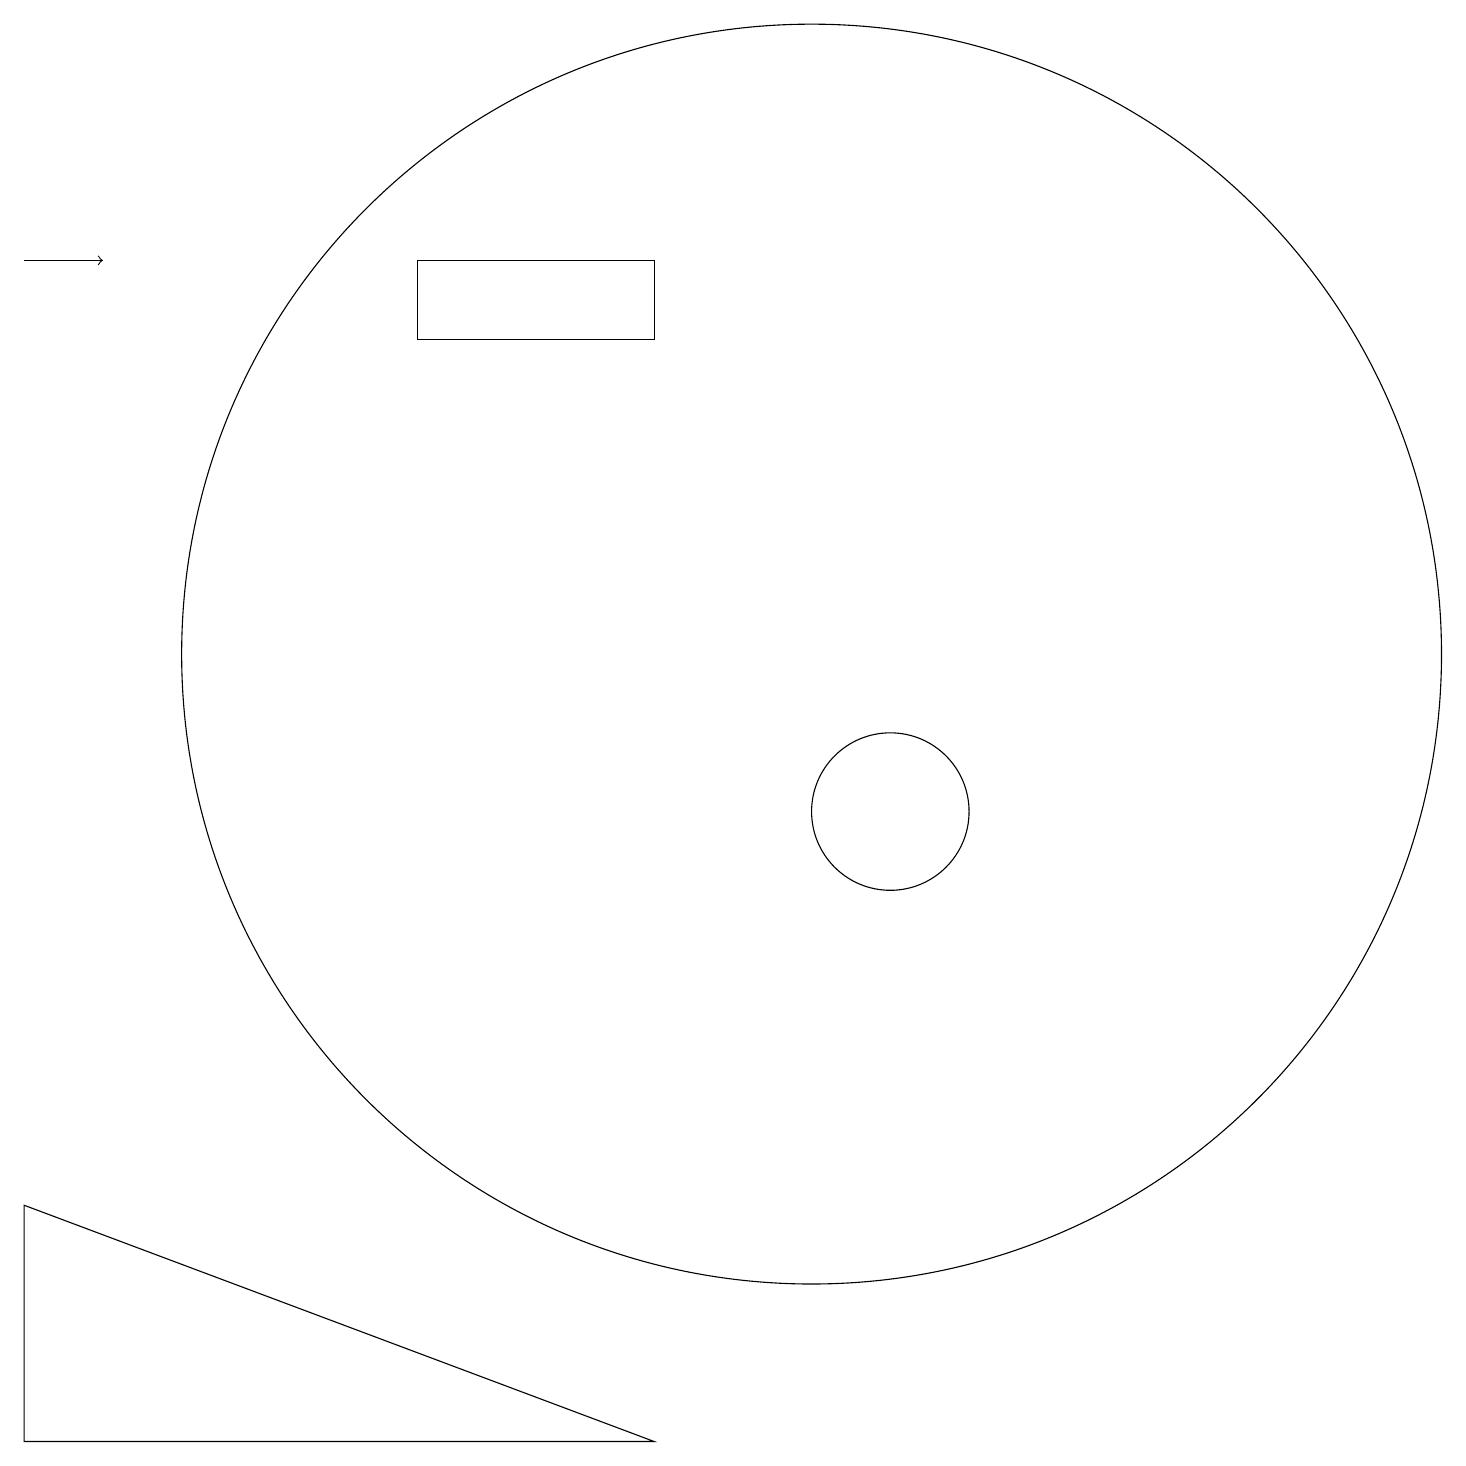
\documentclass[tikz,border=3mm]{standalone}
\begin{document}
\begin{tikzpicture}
\draw (0,5) -- (8,2) -- (0,2) -- cycle;
\draw (5,17) rectangle (8,16);
\draw[->] (0,17) -- (1,17);
\draw (11,10) circle (1);
\draw (10,12) circle (8);
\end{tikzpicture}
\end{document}